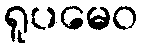
ရူပမေဝ